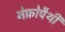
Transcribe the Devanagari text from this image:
नेफ़्रोपैथी